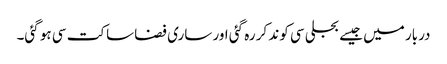
دربار میں جیسے بجلی سی کوند کر رہ گئی اور ساری فضا ساکت سی ہو گئی۔